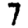
Digit: 7